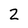
Character: 2